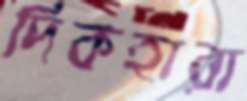
দিকহারা